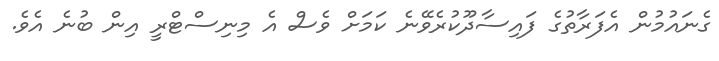
ގެނައުމުން އެފަރާތުގެ ފައިސާދޫކުރެވޭނެ ކަމަށް ވެސް އެ މިނިސްޓްރީ އިން ބުނެ އެވެ.